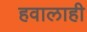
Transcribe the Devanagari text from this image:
हवालाही